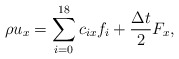
\begin{align*}\rho {u_x} = \sum\limits_{i = 0}^{18} {{c_{ix}}{f_i} + \frac{{\Delta t}}{2}{F_x}}, \end{align*}